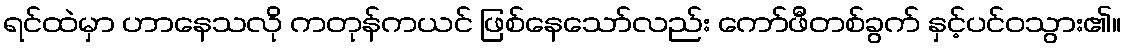
ရင်ထဲမှာ ဟာနေသလို ကတုန်ကယင် ဖြစ်နေသော်လည်း ကော်ဖီတစ်ခွက် နှင့်ပင်ဝသွား၏။